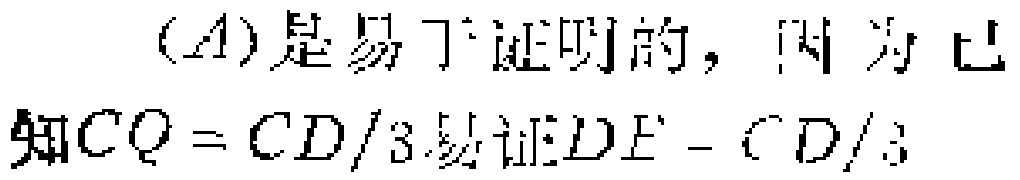
$(A)是易于证明的，因为已\\

知CQ = CD/3.易证DE = CD/3$